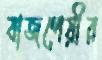
বাজপেয়ীর